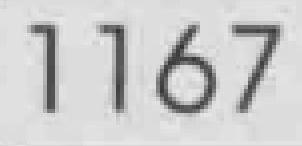
1167